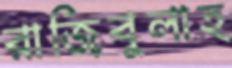
রাজিবুলাহ